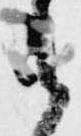
之